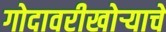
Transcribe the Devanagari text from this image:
गोदावरीखोऱ्याचे